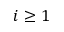
i \ge 1